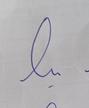
Signature authenticity: genuine